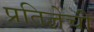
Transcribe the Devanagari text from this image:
प्रतिज्ञेची